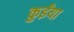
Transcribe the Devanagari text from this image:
कुईंया